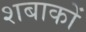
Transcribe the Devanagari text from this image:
शबाकों